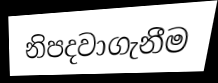
නිපදවාගැනීම